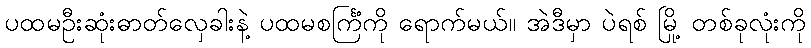
ပထမဦးဆုံးဓာတ်လှေခါးနဲ့ ပထမစင်္ကြံကို ရောက်မယ်။ အဲဒီမှာ ပဲရစ် မြို့ တစ်ခုလုံးကို